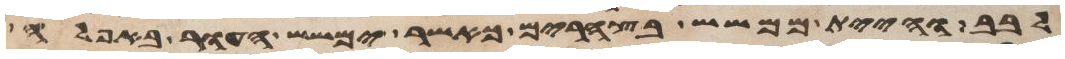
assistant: לבב והיית ממשש בצהרים כאשר ימשש העור באפלה